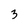
Character: 3